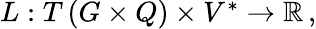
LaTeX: \begin{array}{r}{L:T\left(G\times Q\right)\times V^{*}\rightarrow\mathbb{R}\, ,}\end{array}